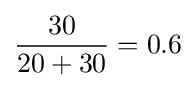
{\frac {30}{20+30}}=0.6